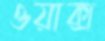
ওয়াক্স